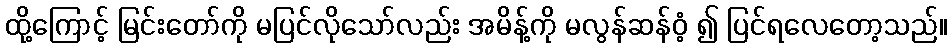
ထို့ကြောင့် မြင်းတော်ကို မပြင်လိုသော်လည်း အမိန့်ကို မလွန်ဆန်ဝံ့ ၍ ပြင်ရလေတော့သည်။